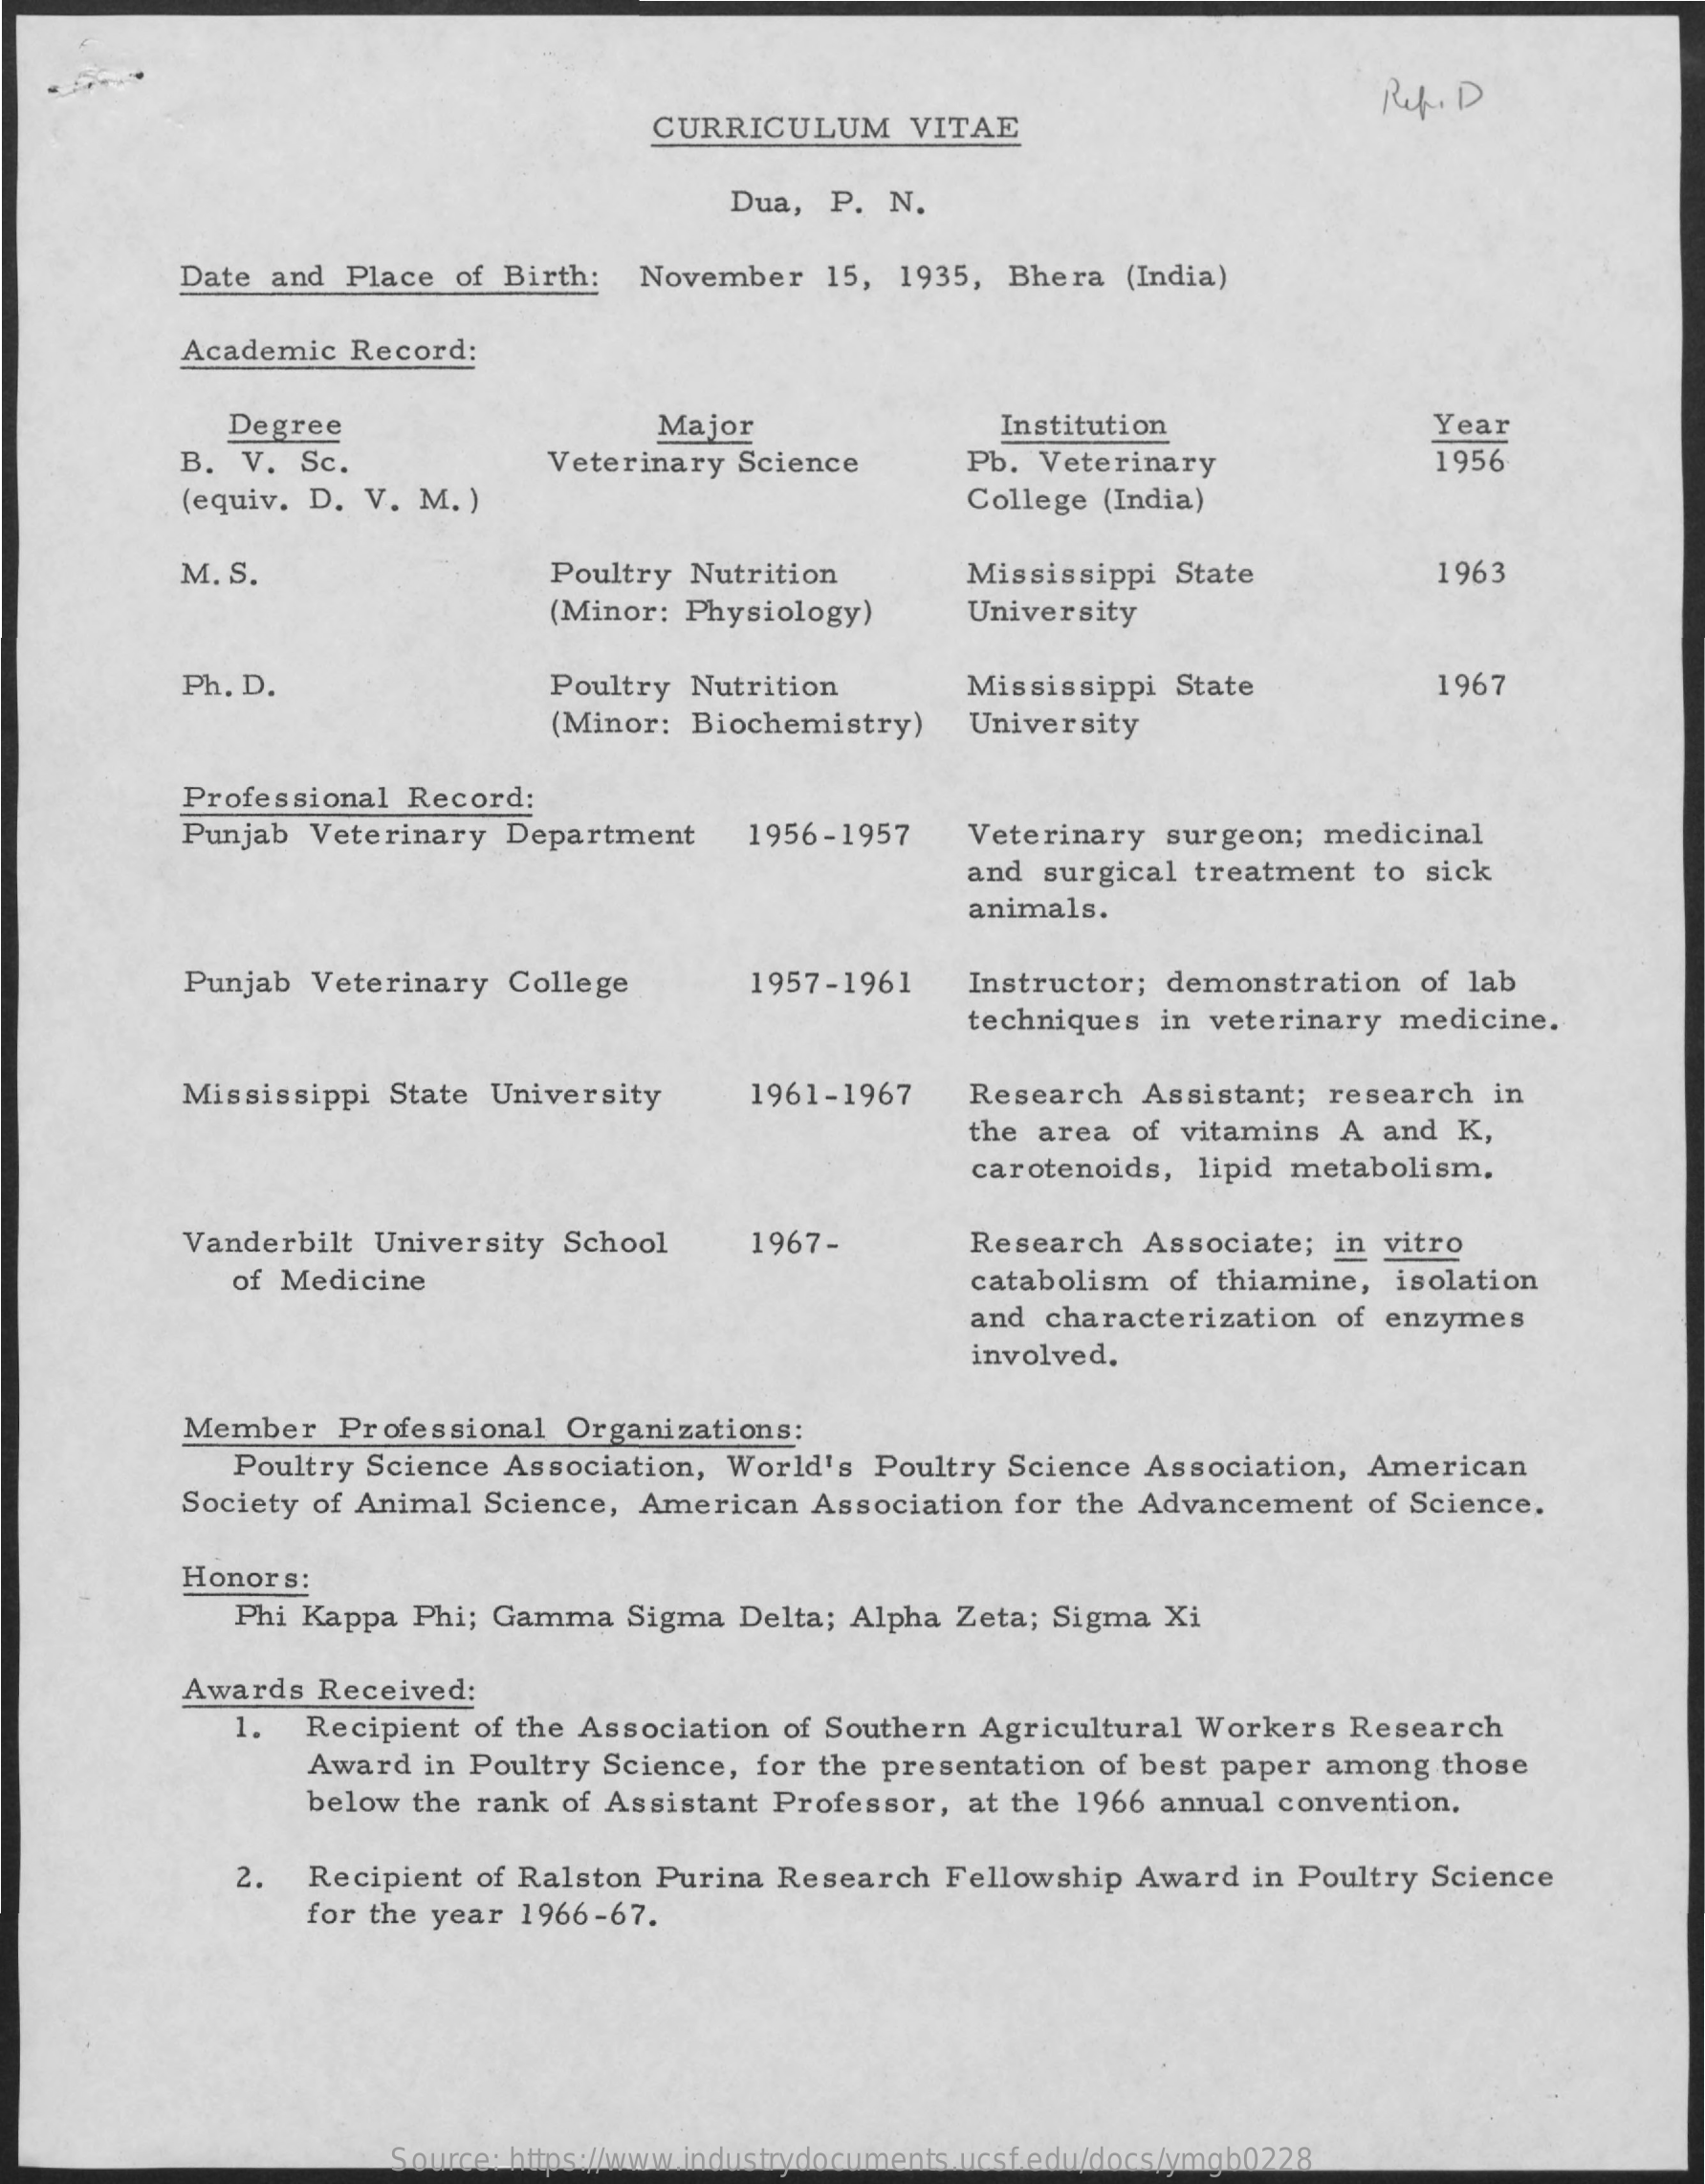
Ref. D
     CURRICULUM   VITAE
     Dua, P. N.
     Date and Place of Birth: November 15, 1935, Bhera (India)
     Academic Record:
     Degree    Major    Institution    Year
     B. V. Sc.    Veterinary Science   Pb. Veterinary    1956
     (equiv. D. V. M. )    College (India)
     M. S.    Poultry Nutrition    Mississippi State    1963
     (Minor: Physiology)  University
     Ph. D.    Poultry Nutrition    Mississippi State    1967
     (Minor: Biochemistry) University
     Professional Record:
     Punjab Veterinary Department 1956-1957  Veterinary surgeon; medicinal
     and surgical treatment to sick
     animals.
     Punjab Veterinary College    1957-1961  Instructor; demonstration of lab
     techniques in veterinary medicine.
     Mississippi State University 1961-1967  Research Assistant; research in
     the area of vitamins A and K,
     carotenoids, lipid metabolism,
     Vanderbilt University School 1967-    Research Associate; in vitro
     of Medicine    catabolismof thiamine, isolation
     and characterization of enzymes
     involved.
     Member Professional Organizations:
     Poultry Science Association, World's Poultry Science Association, American
     Society of Animal Science, American Association for the Advancement of Science.
     Honors:
     Phi Kappa Phi; Gamma Sigma Delta; Alpha Zeta; Sigma Xi
     Awards Received:
     .  Recipient of the Association of Southern Agricultural Workers Research
     Award in Poultry Science, for the presentation of best paper among those
     below the rank of Assistant Professor, at the 1966 annual convention,
     2.  Recipient of Ralston Purina Research Fellowship Award in Poultry Science
     for the year 1966-67.
     Source: https://www.industrydocuments.ucsf.edu/docs/ymgb0228